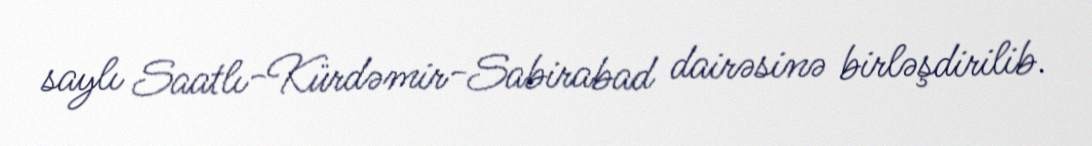
saylı Saatlı-Kürdəmir-Sabirabad dairəsinə birləşdirilib.